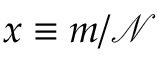
x \equiv m / \mathcal { N }